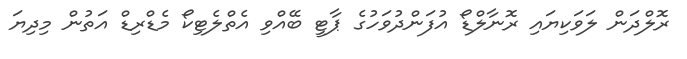
ރޮލްދަން ލަވަކިޔައި ރޮނާލްޑޯ އުފަންދުވަހުގެ ޕާޓީ ބޭއްވި އެތްލެޓިކޯ މެޑްރިޑް އަތުން މިދިޔަ